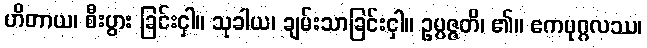
ဟိတာယ၊ စီးပွား ခြင်းငှါ။ သုခါယ၊ ချမ်းသာခြင်းငှါ။ ဥပ္ပဇ္ဇတိ၊ ၏။ ဧကပုဂ္ဂလဿ၊